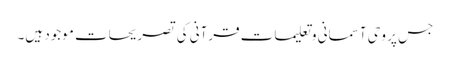
جس پر وحی آسمانی و تعلیمات قرآنی کی تصریحات موجود ہیں۔